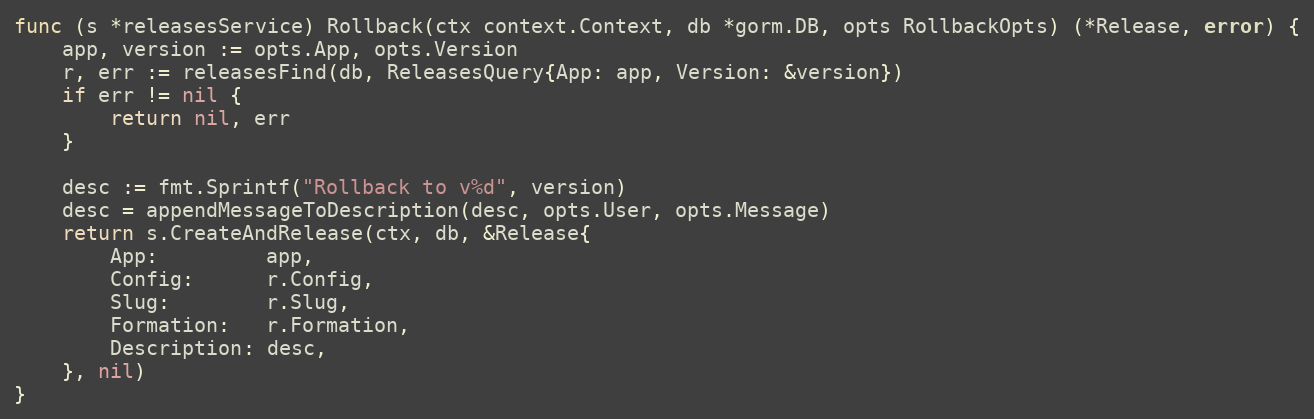
Language: Go
func (s *releasesService) Rollback(ctx context.Context, db *gorm.DB, opts RollbackOpts) (*Release, error) {
	app, version := opts.App, opts.Version
	r, err := releasesFind(db, ReleasesQuery{App: app, Version: &version})
	if err != nil {
		return nil, err
	}

	desc := fmt.Sprintf("Rollback to v%d", version)
	desc = appendMessageToDescription(desc, opts.User, opts.Message)
	return s.CreateAndRelease(ctx, db, &Release{
		App:         app,
		Config:      r.Config,
		Slug:        r.Slug,
		Formation:   r.Formation,
		Description: desc,
	}, nil)
}